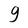
Character: g